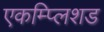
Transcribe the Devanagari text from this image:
एकम्प्लिशड